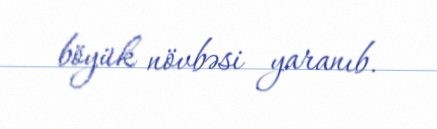
böyük növbəsi yaranıb.